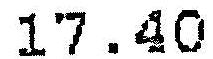
17.40